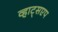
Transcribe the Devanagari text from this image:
व्हाट्सएप